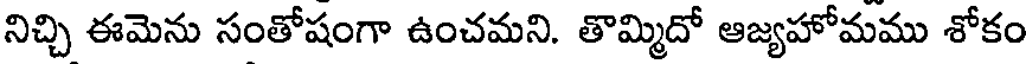
నిచ్చి ఈమెను సంతోషంగా ఉంచమని. తొమ్మిదో ఆజ్యహోమము శోకం